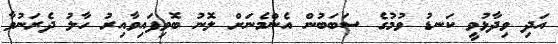
އަދި ވިދާޅުވީ ކަނޑު ވުމުގެ ސަބަބުން އެންމެނަށް ލޮނު ބޮވިފައިވާއިރު ހާލު ދެރަނުވާ